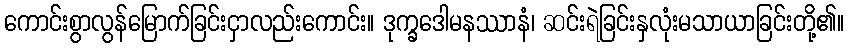
ကောင်းစွာလွန်မြောက်ခြင်းငှာလည်းကောင်း။ ဒုက္ခဒေါမနဿာနံ၊ ဆင်းရဲခြင်းနှလုံးမသာယာခြင်းတို့၏။